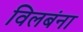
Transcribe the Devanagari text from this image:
विलबंना